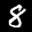
Label: 8